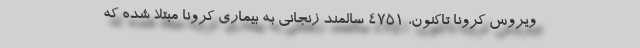
ویروس کرونا تاکنون، ۴۷۵۱ سالمند زنجانی به بیماری کرونا مبتلا شده که